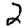
Digit: 2